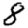
Digit: 8